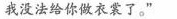
我没法给你做衣裳了。